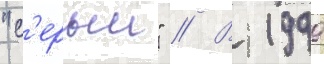
"с'ерыи" // В 1999